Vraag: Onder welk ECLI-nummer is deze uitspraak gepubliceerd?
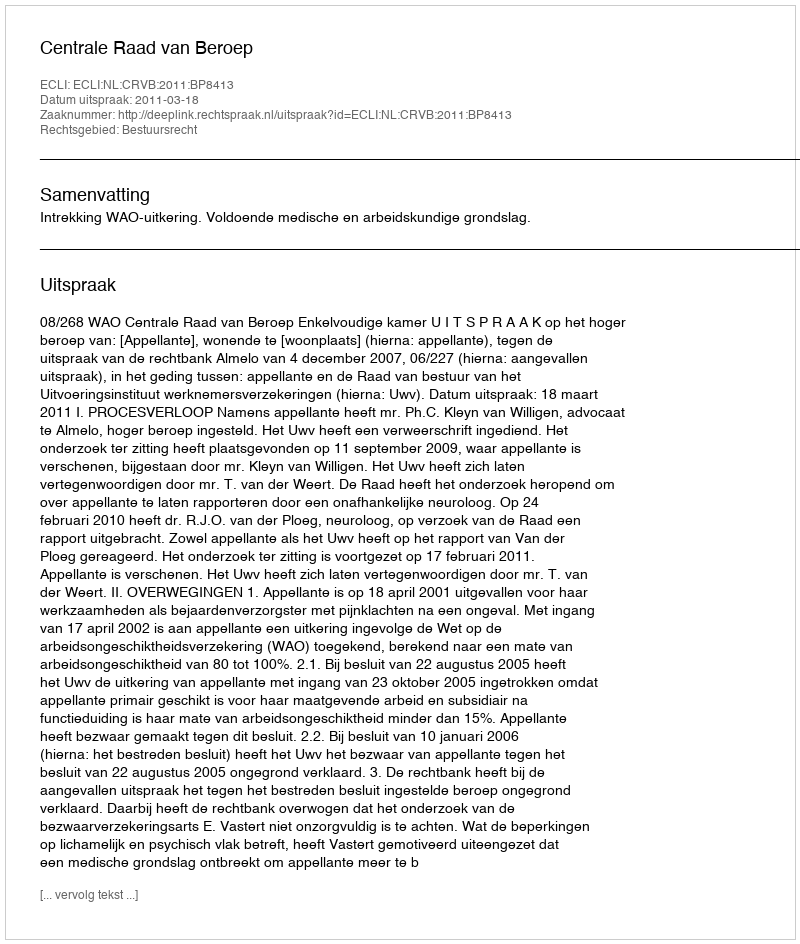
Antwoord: ECLI:NL:CRVB:2011:BP8413